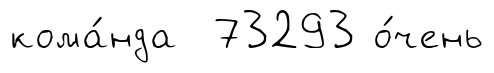
кома́нда 73293 о́чень